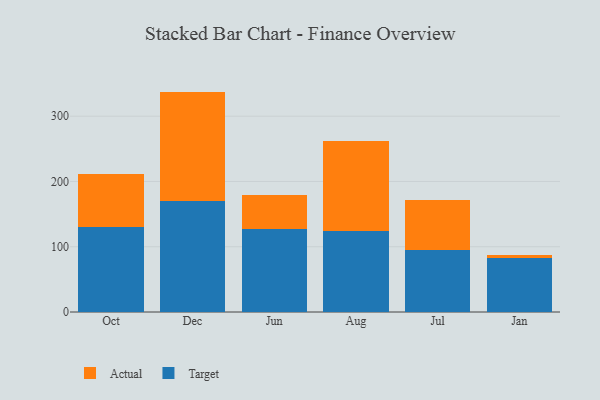
{"axis": {"x": "Month", "y": "Customer Acquisition Cost (USD)"}, "legend": ["Actual", "Target"], "data": [{"x": "Oct", "y": 130.8, "type": "Target"}, {"x": "Oct", "y": 80.0, "type": "Actual"}, {"x": "Dec", "y": 170.3, "type": "Target"}, {"x": "Dec", "y": 167.4, "type": "Actual"}, {"x": "Jun", "y": 126.6, "type": "Target"}, {"x": "Jun", "y": 53.3, "type": "Actual"}, {"x": "Aug", "y": 123.6, "type": "Target"}, {"x": "Aug", "y": 138.6, "type": "Actual"}, {"x": "Jul", "y": 94.7, "type": "Target"}, {"x": "Jul", "y": 76.8, "type": "Actual"}, {"x": "Jan", "y": 82.7, "type": "Target"}, {"x": "Jan", "y": 5.2, "type": "Actual"}]}